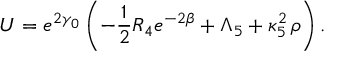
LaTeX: U = e ^ { 2 \gamma _ { 0 } } \left( - \frac 1 2 R _ { 4 } e ^ { - 2 \beta } + \Lambda _ { 5 } + \kappa _ { 5 } ^ { 2 } \, \rho \right) .